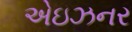
એઇઝનર